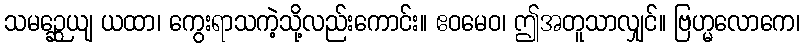
သမဉ္ဆေယျ ယထာ၊ ကွေးရာသကဲ့သို့လည်းကောင်း။ ဧဝမေဝ၊ ဤအတူသာလျှင်။ ဗြဟ္မလောကေ၊